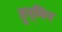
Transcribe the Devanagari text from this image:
हुन्मिन